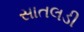
સાતલડી